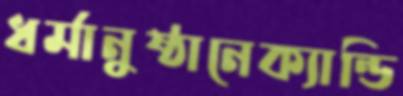
ধর্মানুষ্ঠানেক্যান্ডি